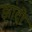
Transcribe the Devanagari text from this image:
झांदी